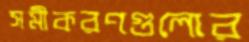
সমীকরণগুলোর